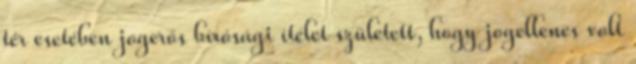
tér esetében jogerős bírósági ítélet született, hogy jogellenes volt